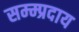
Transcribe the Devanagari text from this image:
सम्म्प्रदाय